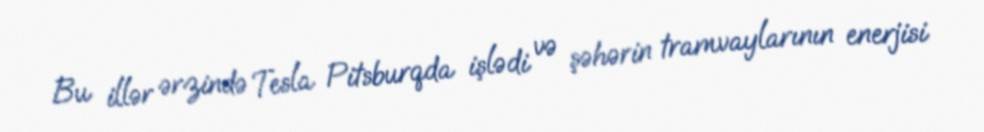
Bu illər ərzində Tesla Pitsburqda işlədi və şəhərin tramvaylarının enerjisi